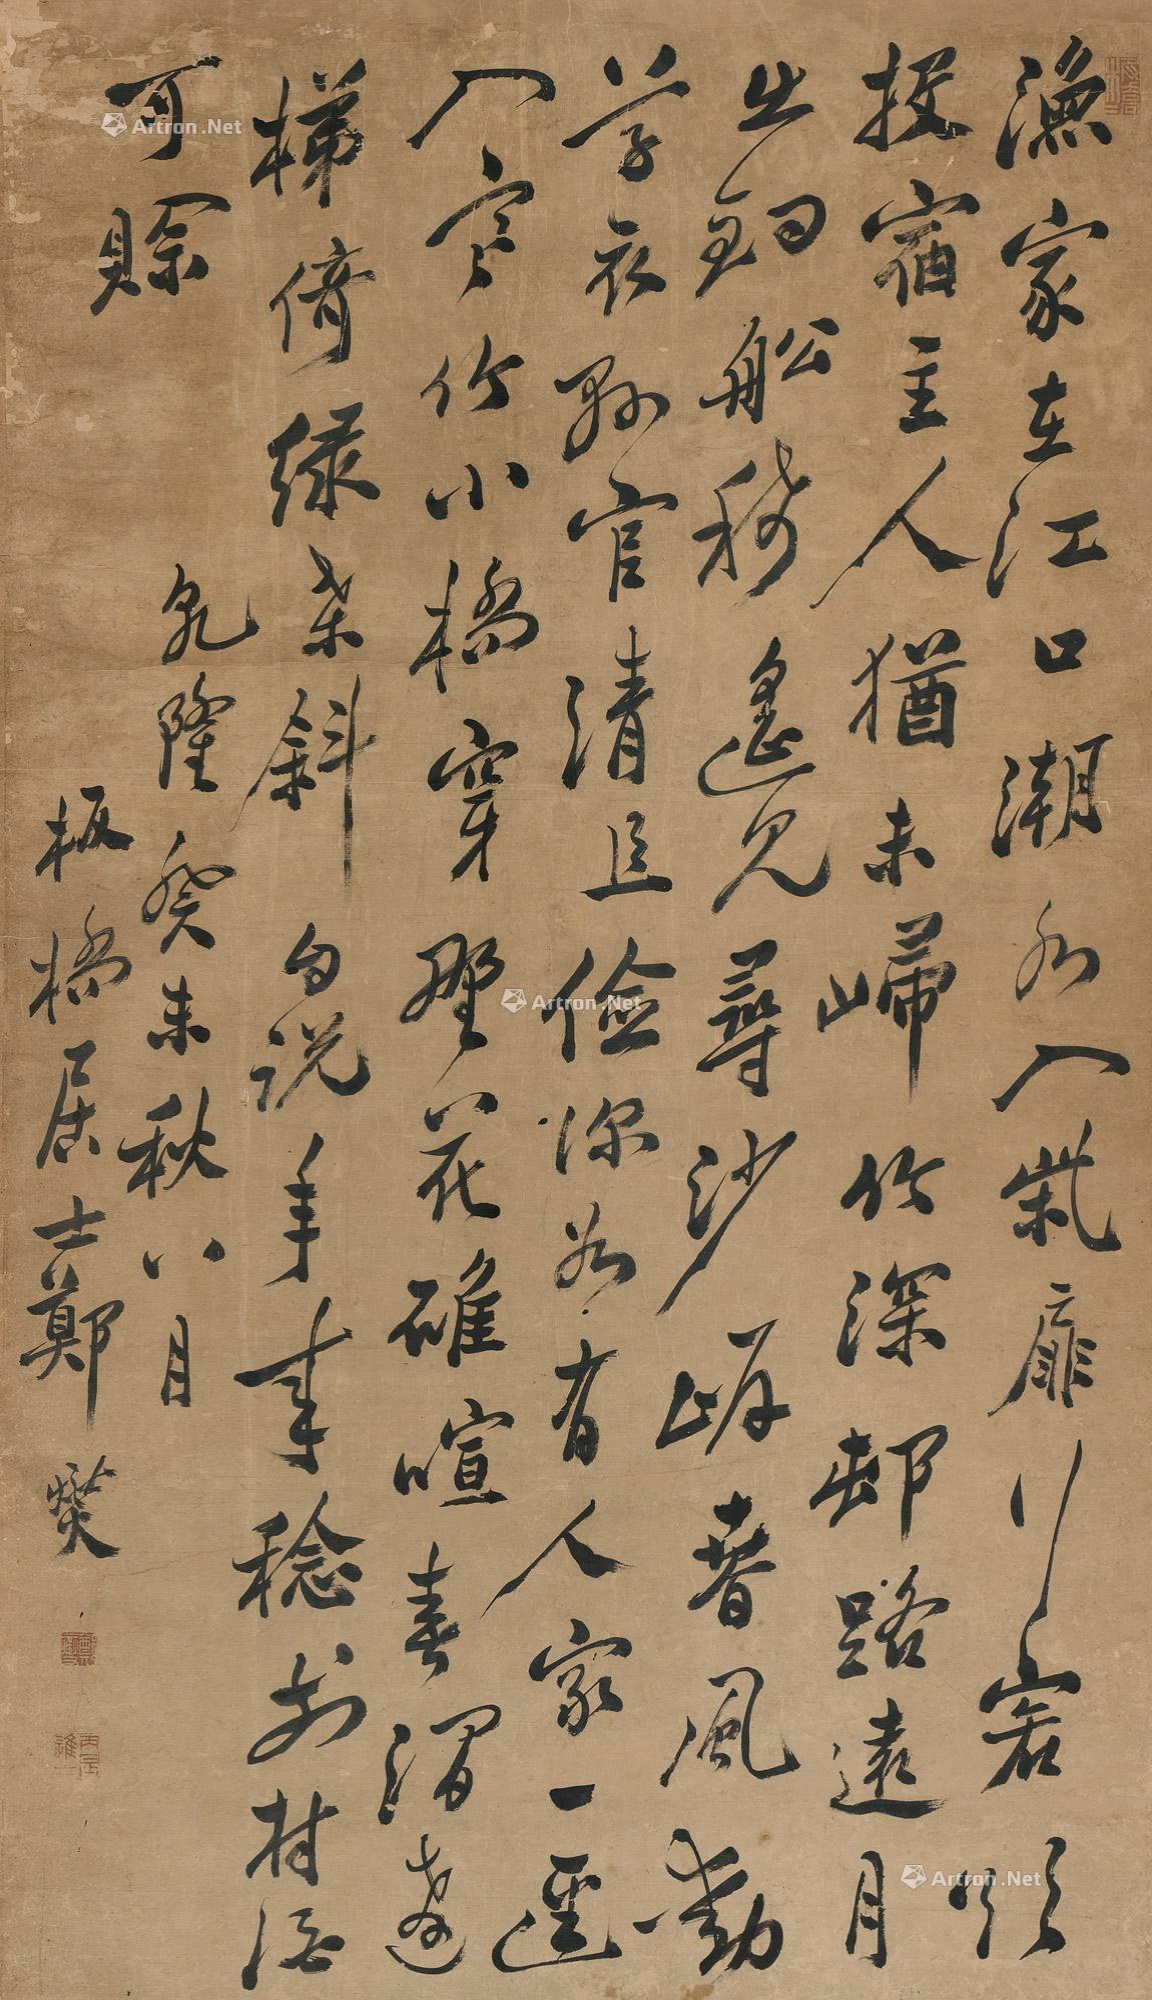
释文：渔家在江口，潮水入柴扉。行客欲投宿，主人犹未归。竹深村路远，月出钓船稀。遥见寻沙岸，春风动草衣。县官清且俭，深谷有人家。一径入寒竹，小桥穿野花。碓喧春涧远，梯倚绿桑斜。自说年来稔，前村酒可赊。乾隆癸未秋八月，板桥居士郑燮。